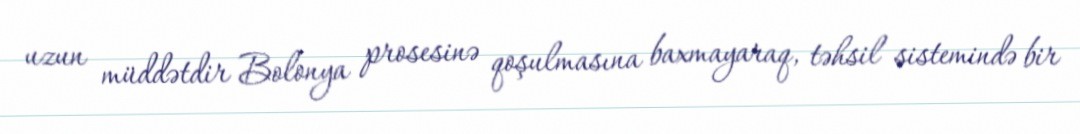
uzun müddətdir Bolonya prosesinə qoşulmasına baxmayaraq, təhsil sistemində bir